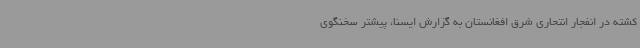
کشته در انفجار انتحاری شرق افغانستان به گزارش ایسنا، پیشتر سخنگوی